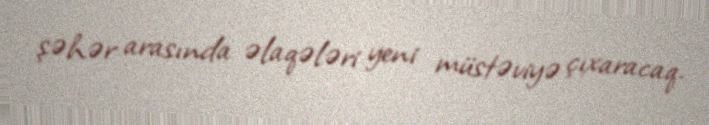
şəhər arasında əlaqələri yeni müstəviyə çıxaracaq.